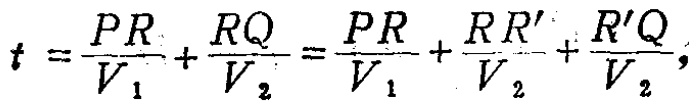
\[

t=\frac{PR}{V_1}+\frac{RQ}{V_2}=\frac{PR}{V_1}+\frac{RR'}{V_2}+\frac{R'Q}{V_2},

\]